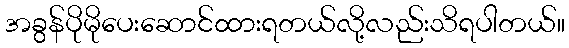
အခွန်ပိုမိုပေးဆောင်ထားရတယ်လို့လည်းသိရပါတယ်။